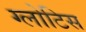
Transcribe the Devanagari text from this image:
ग्लोटिस